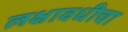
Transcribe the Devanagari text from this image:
लक्षावधीचा